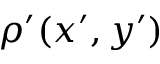
\rho ^ { \prime } ( x ^ { \prime } , y ^ { \prime } )